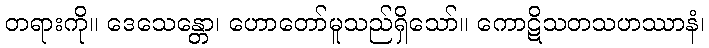
တရားကို။ ဒေသေန္တော၊ ဟောတော်မူသည်ရှိသော်။ ကောဋိသတသဟဿာနံ၊